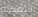
لايمكنه